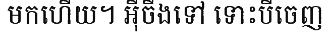
មកហើយ។ អ៊ីចឹងទៅ ទោះបីចេញ